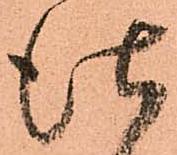
仕